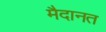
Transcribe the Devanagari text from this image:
मैदानत